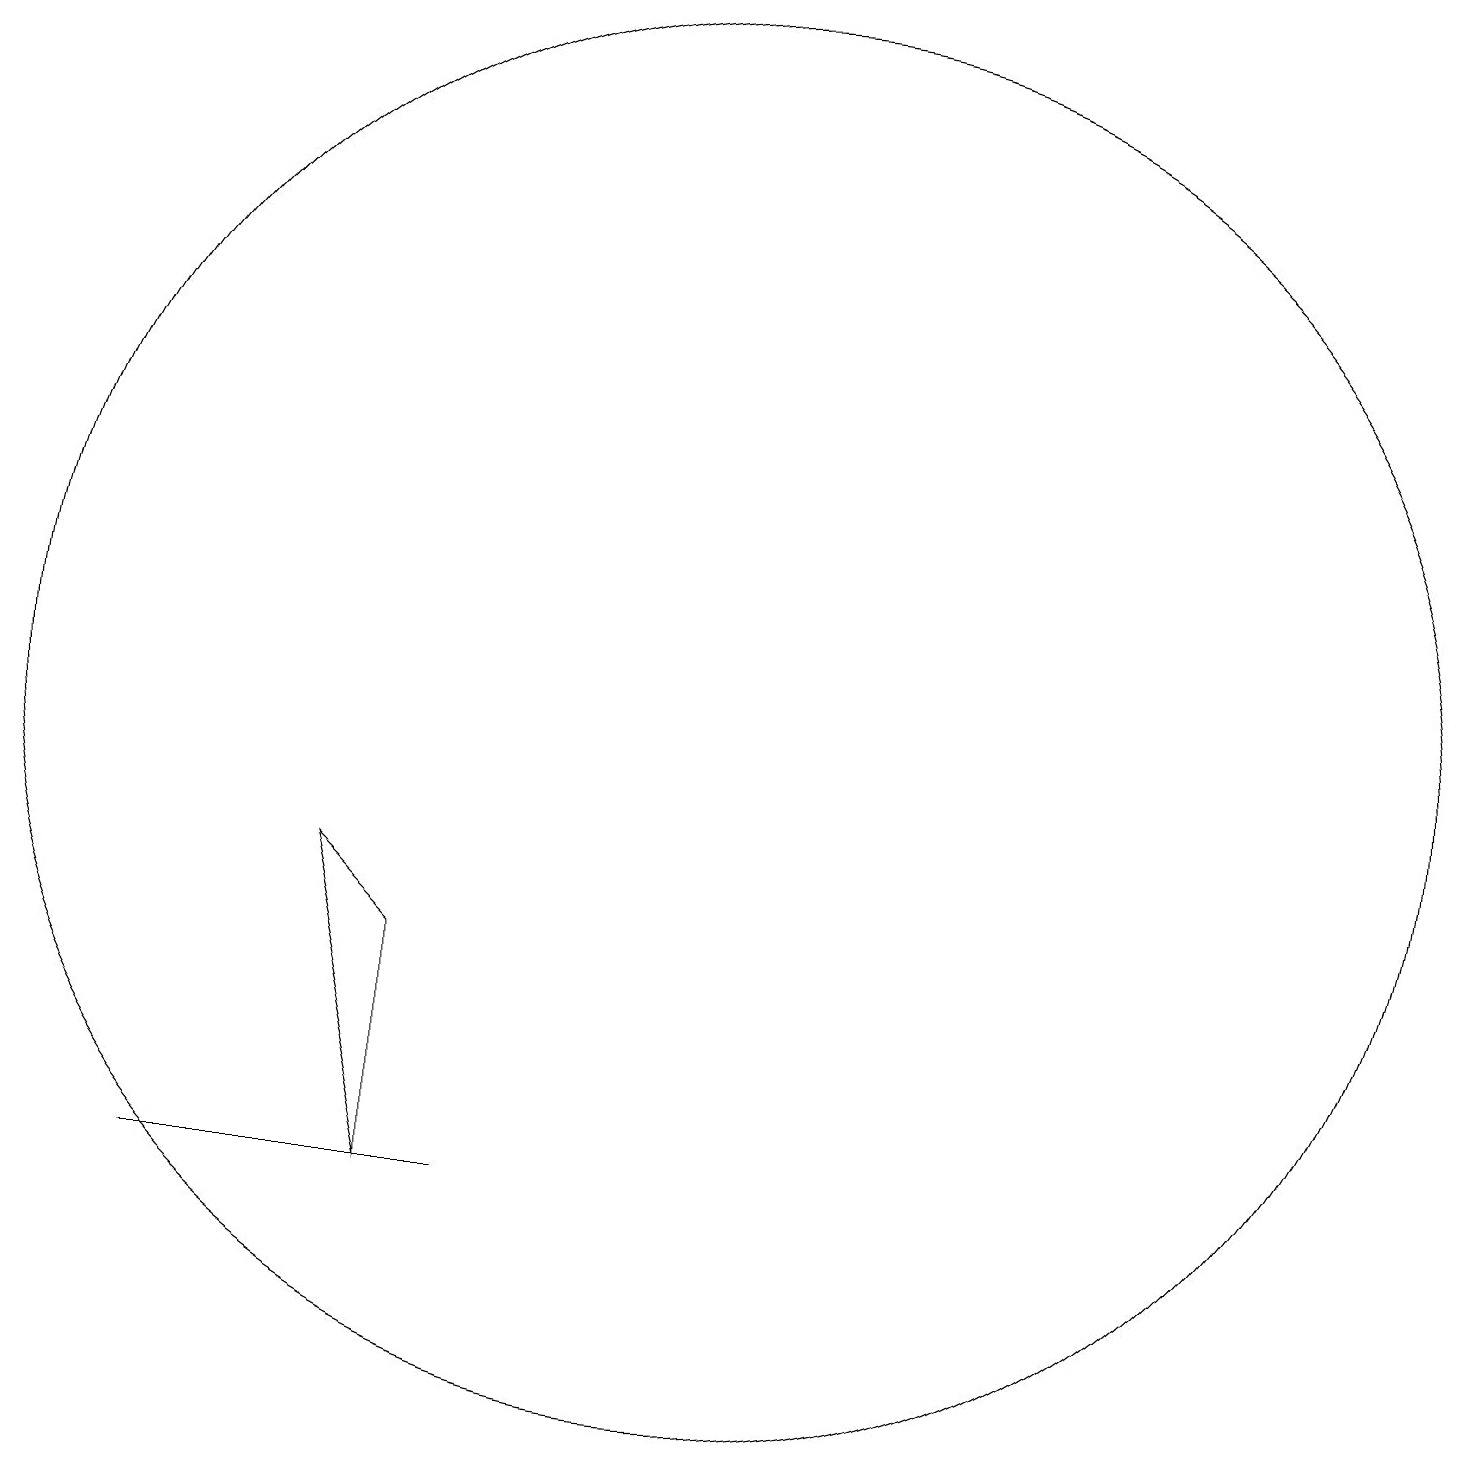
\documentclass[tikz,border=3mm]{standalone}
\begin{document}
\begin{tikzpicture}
\draw (7,5) -- (7,8) -- (6,9) -- cycle;
\draw (8,5) -- (7,5) -- (4,5) -- cycle;
\draw (11,11) circle (9);
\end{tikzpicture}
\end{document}